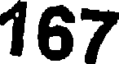
167